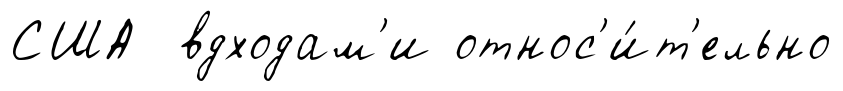
США вдходам'и относ'и́т'ельно